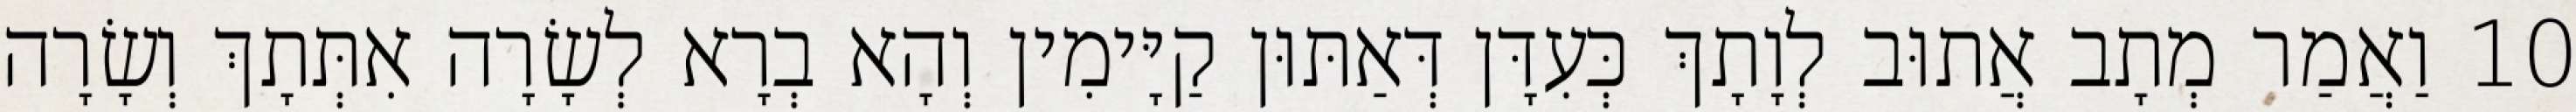
10 וַאֲמַר מְתָב אֲתוּב לְוָתָךְ כְּעִדָּן דְּאַתּוּן קַיָּימִין וְהָא בְרָא לְשָׂרָה אִתְּתָךְ וְשָׂרָה